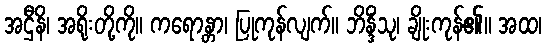
အဌီနိ၊ အရိုးတို့ကို။ ကရောန္တာ၊ ပြုကုန်လျက်။ ဘိန္ဒိံသု၊ ချိုးကုန်၏။ အထ၊